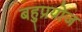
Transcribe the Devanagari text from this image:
बहुप्रयोज